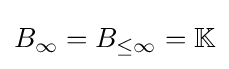
B_{\infty }=B_{\leq \infty }=\mathbb {K}